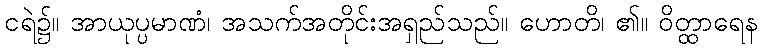
ငရဲ၌။ အာယုပ္ပမာဏံ၊ အသက်အတိုင်းအရှည်သည်။ ဟောတိ၊ ၏။ ဝိတ္ထာရေန